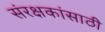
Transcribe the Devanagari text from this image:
संरक्षकांसाठी